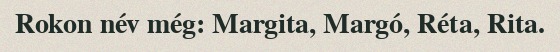
Rokon név még: Margita, Margó, Réta, Rita.